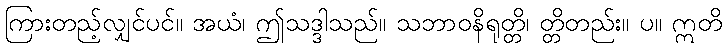
ကြားတည့်လျှင်ပင်။ အယံ၊ ဤသဒ္ဒါသည်။ သဘာဝနိရုတ္တိ၊ တ္တိတည်း။ ပ။ ဣတိ